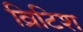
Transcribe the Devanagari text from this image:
व्रिटिश